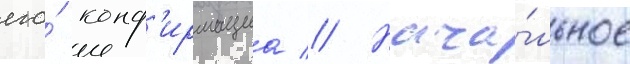
его́ конф'ирмациа // Нача́льное